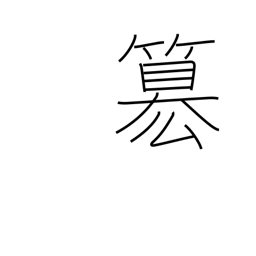
Meaning: rob